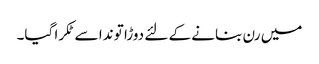
میں رن بنانے کے لئے دوڑا تو ندا سے ٹکرا گیا۔